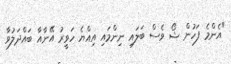
"އެންމެ ފަހުން ޝޯ ވެސް ބަލައި ނިންމައި އިއްޔެ ހަވީރު އޭނާއާ ބައްދަލުވާ